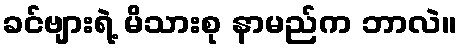
ခင်ဗျားရဲ့ မိသားစု နာမည်က ဘာလဲ။